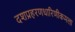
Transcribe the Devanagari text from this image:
दशप्रहरणधारिणीकमला